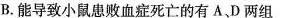
B.能导致小鼠患败血症死亡的有A D两组